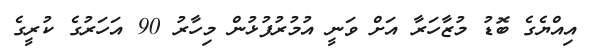
އިއްޔެގެ ބޮޑު މުޒާހަރާ އަށް ވަނީ އުމުރުފުޅުން މިހާރު 90 އަހަރުގެ ކުރީގެ